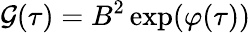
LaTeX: \mathcal{G}(\tau)=B^{2}\exp(\varphi(\tau))